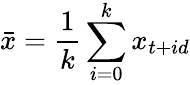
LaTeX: \bar{x}=\frac{1}{k}\sum_{i=0}^{k}x_{t+id}